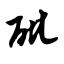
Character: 砒